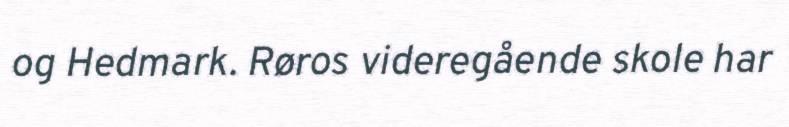
og Hedmark. Røros videregående skole har